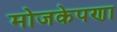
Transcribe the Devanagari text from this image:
मोजकेपणा